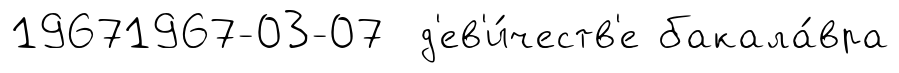
19671967-03-07 д'ев'и́честв'е бакала́вра